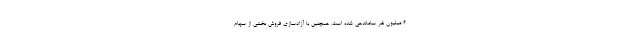
۶ میلیون نفر ساماندهی شده است. همچنین با آزادسازی فروش بخشی از سهام